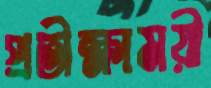
প্রতীক্ষাময়ী